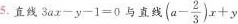
5.直线$$3 a x - y - 1= 0$$与直线 $$( a - \frac{2}{3} ) x + y$$